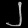
Digit: ၂